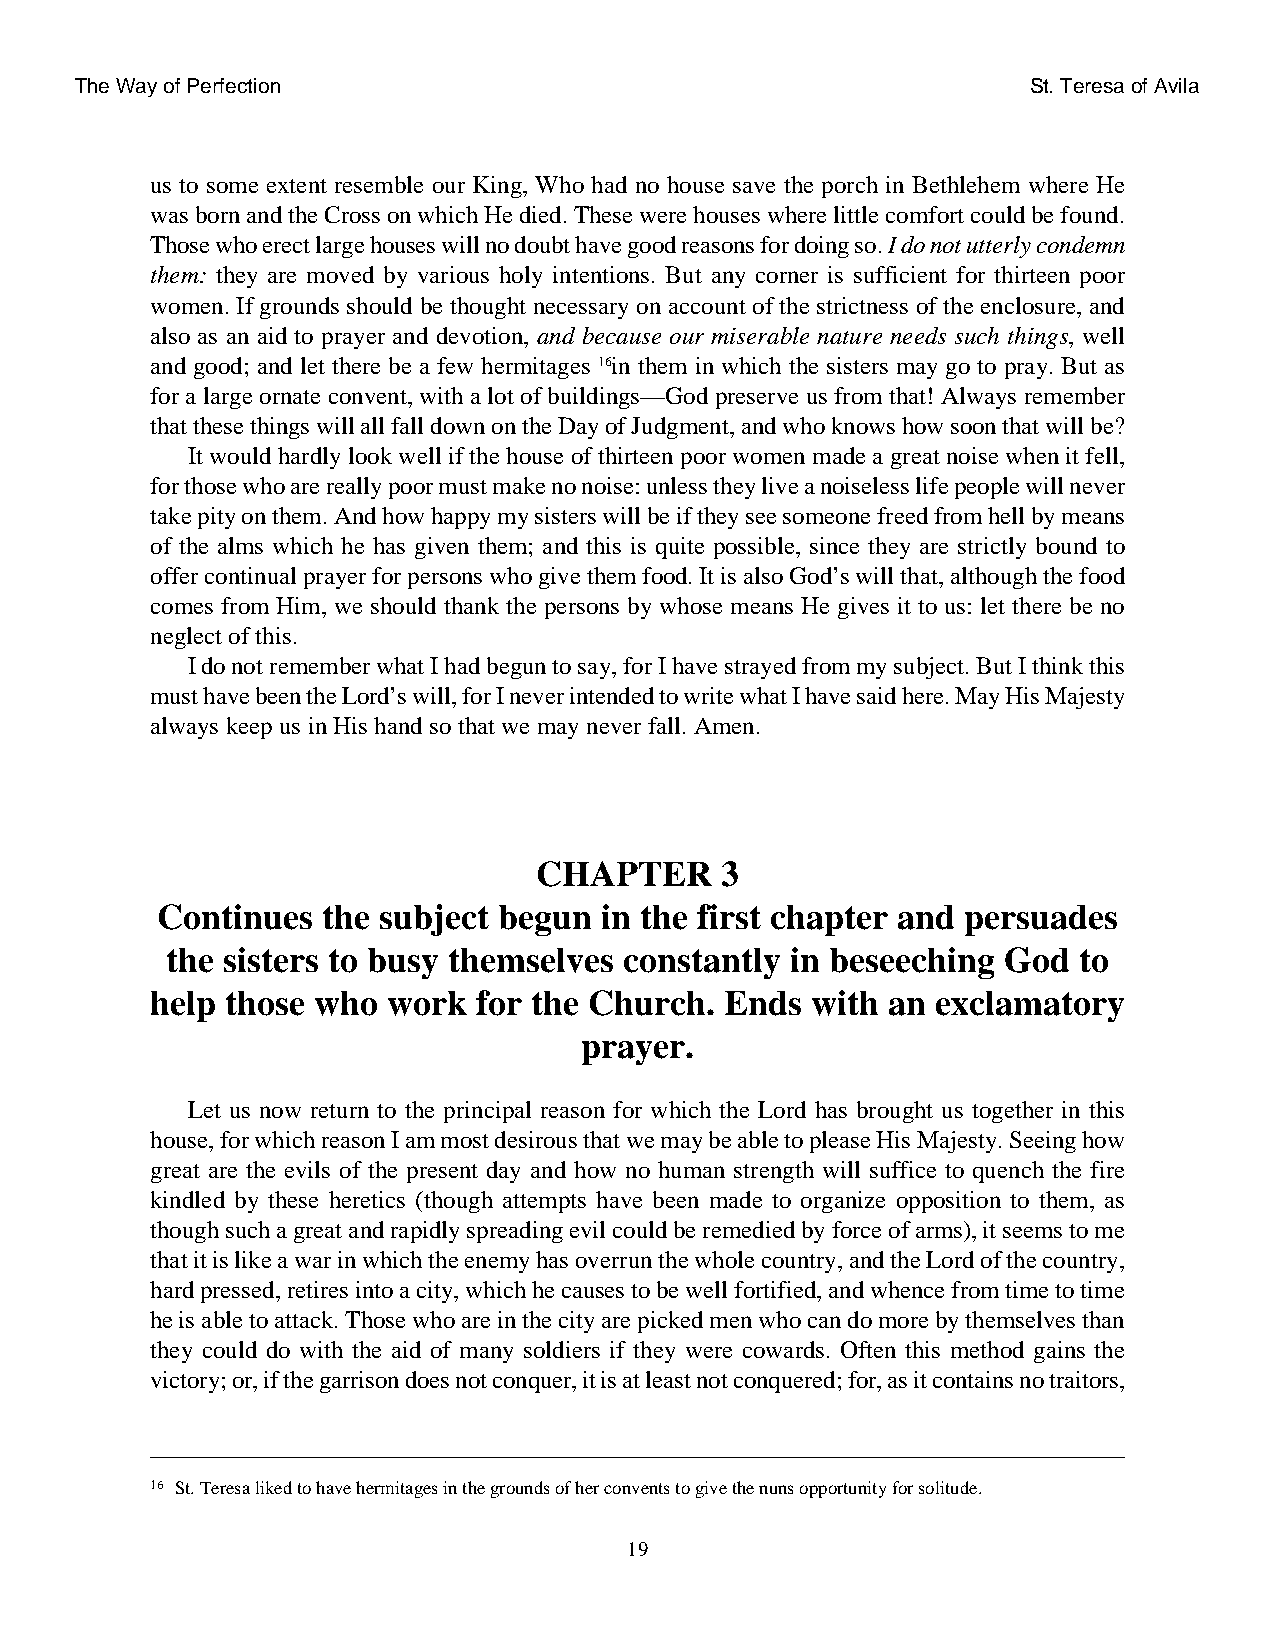
The Way of Perfection                                          St. Teresa of Avila
 us to some extent resemble our King, Who had no house save the porch in Bethlehem where He
 was born and the Cross on which He died. These were houses where little comfort could be found.
 Those who erect large houses will no doubt have good reasons for doing so. I do not utterly condemn
 them: they are moved by various holy intentions. But any corner is sufficient for thirteen poor
 women. If grounds should be thought necessary on account of the strictness of the enclosure, and
 also as an aid to prayer and devotion, and because our miserable nature needs such things, well
 and good; and let there be a few hermitages 16in them in which the sisters may go to pray. But as
 for a large ornate convent, with a lot of buildings—God preserve us from that! Always remember
 that these things will all fall down on the Day of Judgment, and who knows how soon that will be?
 It would hardly look well if the house of thirteen poor women made a great noise when it fell,
 for those who are really poor must make no noise: unless they live a noiseless life people will never
 take pity on them. And how happy my sisters will be if they see someone freed from hell by means
 of the alms which he has given them; and this is quite possible, since they are strictly bound to
 offer continual prayer for persons who give them food. It is also God’s will that, although the food
 comes from Him, we should thank the persons by whose means He gives it to us: let there be no
 neglect of this.
 I do not remember what I had begun to say, for I have strayed from my subject. But I think this
 must have been the Lord’s will, for I never intended to write what I have said here. May His Majesty
 always keep us in His hand so that we may never fall. Amen.
 CHAPTER      3
 Continues  the subject begun  in the first chapter and persuades
 the sisters to busy themselves constantly in beseeching God to
 help those who  work  for the Church. Ends  with an exclamatory
 prayer.
 Let us now return to the principal reason for which the Lord has brought us together in this
 house, for which reason I am most desirous that we may be able to please His Majesty. Seeing how
 great are the evils of the present day and how no human strength will suffice to quench the fire
 kindled by these heretics (though attempts have been made to organize opposition to them, as
 though such a great and rapidly spreading evil could be remedied by force of arms), it seems to me
 that it is like a war in which the enemy has overrun the whole country, and the Lord of the country,
 hard pressed, retires into a city, which he causes to be well fortified, and whence from time to time
 he is able to attack. Those who are in the city are picked men who can do more by themselves than
 they could do with the aid of many soldiers if they were cowards. Often this method gains the
 victory; or, if the garrison does not conquer, it is at least not conquered; for, as it contains no traitors,
 16 St. Teresa liked to have hermitages in the grounds of her convents to give the nuns opportunity for solitude.
 19